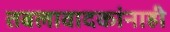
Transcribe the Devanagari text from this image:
तबलावादकांनाही